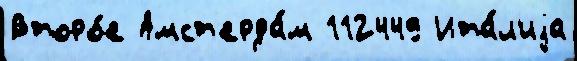
Второ́е Амст'ерда́м 112449 Ита́л'иjа